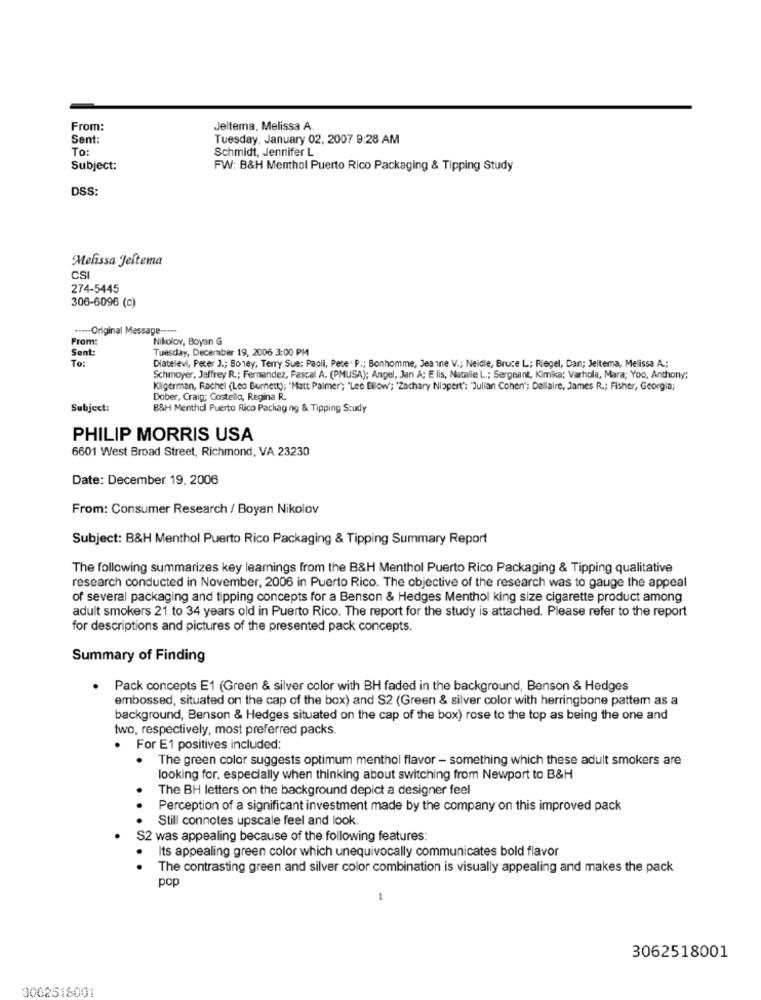
From:
Jeltema, Melissa A.
Sent:
Tuesday, January 02, 2007 9:28 AM
TO:
Schmidt, Jennifer L
Subject:
FW: B&H Menthol Puerto Rico Packaging & Tipping Study
DSS:
Melissa Jeftema
CSI
274-5445
306-6096 (0)
--- Original Message ----
From:
Nikolov, Boyan G
Sent:
Tuesday, December 19, 2006 3:00 PM
To:
Diatelevi, Peter J .; Boney, Terry Sue: Paoli, Pete" P .; Bonhomme, Jea ine V .; Neidle, Bruce L; Riegel, Dan; Jeltema, Melissa A .;
Schmoyer, Jeffrey R .; Fernandez, Pascal A. (PMUSA); Angel, Jan A; E lis, Natalie L .; Sergeant, Kimika; Varhola, Mara; Yoo, Anthony;
Klgerman, Rachel (Leo Burnett); "Matt Palmer"; "Lee Bilow'; 'Zachary Niopert": "Julian Cohen'; Dallaire, James R .; Fisher, Georgia;
Dober, Craig; Costello, Regina R.
Subject:
B&H Menthol Puerto Rico Packaging & Tipping Study
PHILIP MORRIS USA
6601 West Broad Street, Richmond, VA 23230
Date: December 19, 2006
From: Consumer Research / Boyan Nikolov
Subject: B&H Menthol Puerto Rico Packaging & Tipping Summary Report
The following summarizes key learnings from the B&H Menthol Puerto Rico Packaging & Tipping qualitative
research conducted in November, 2006 in Puerto Rico. The objective of the research was to gauge the appeal
of several packaging and tipping concepts for a Benson & Hedges Menthol king size cigarette product among
adult smokers 21 to 34 years old in Puerto Rico. The report for the study is attached. Please refer to the report
for descriptions and pictures of the presented pack concepts.
Summary of Finding
Pack concepts E1 (Green & silver color with BH faded in the background, Benson & Hedges
embossed, situated on the cap of the box) and S2 (Green & silver color with herringbone pattem as a
background, Benson & Hedges situated on the cap of the box) rose to the top as being the one and
two, respectively, most preferred packs.
For E1 positives included:
The green color suggests optimum menthol flavor - something which these adult smokers are
looking for, especially when thinking about switching from Newport to B&H
The BH letters on the background depict a designer feel
Perception of a significant investment made by the company on this improved pack
Still connotes upscale feel and look.
S2 was appealing because of the following features:
Its appealing green color which unequivocally communicates bold flavor
The contrasting green and silver color combination is visually appealing and makes the pack
pop
3062518001
3062518001